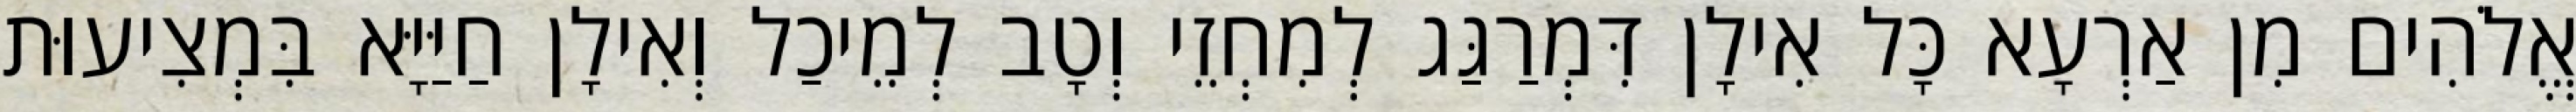
אֱלֹהִים מִן אַרְעָא כָּל אִילָן דִּמְרַגַּג לְמִחְזֵי וְטָב לְמֵיכַל וְאִילָן חַיַּיָּא בִּמְצִיעוּת